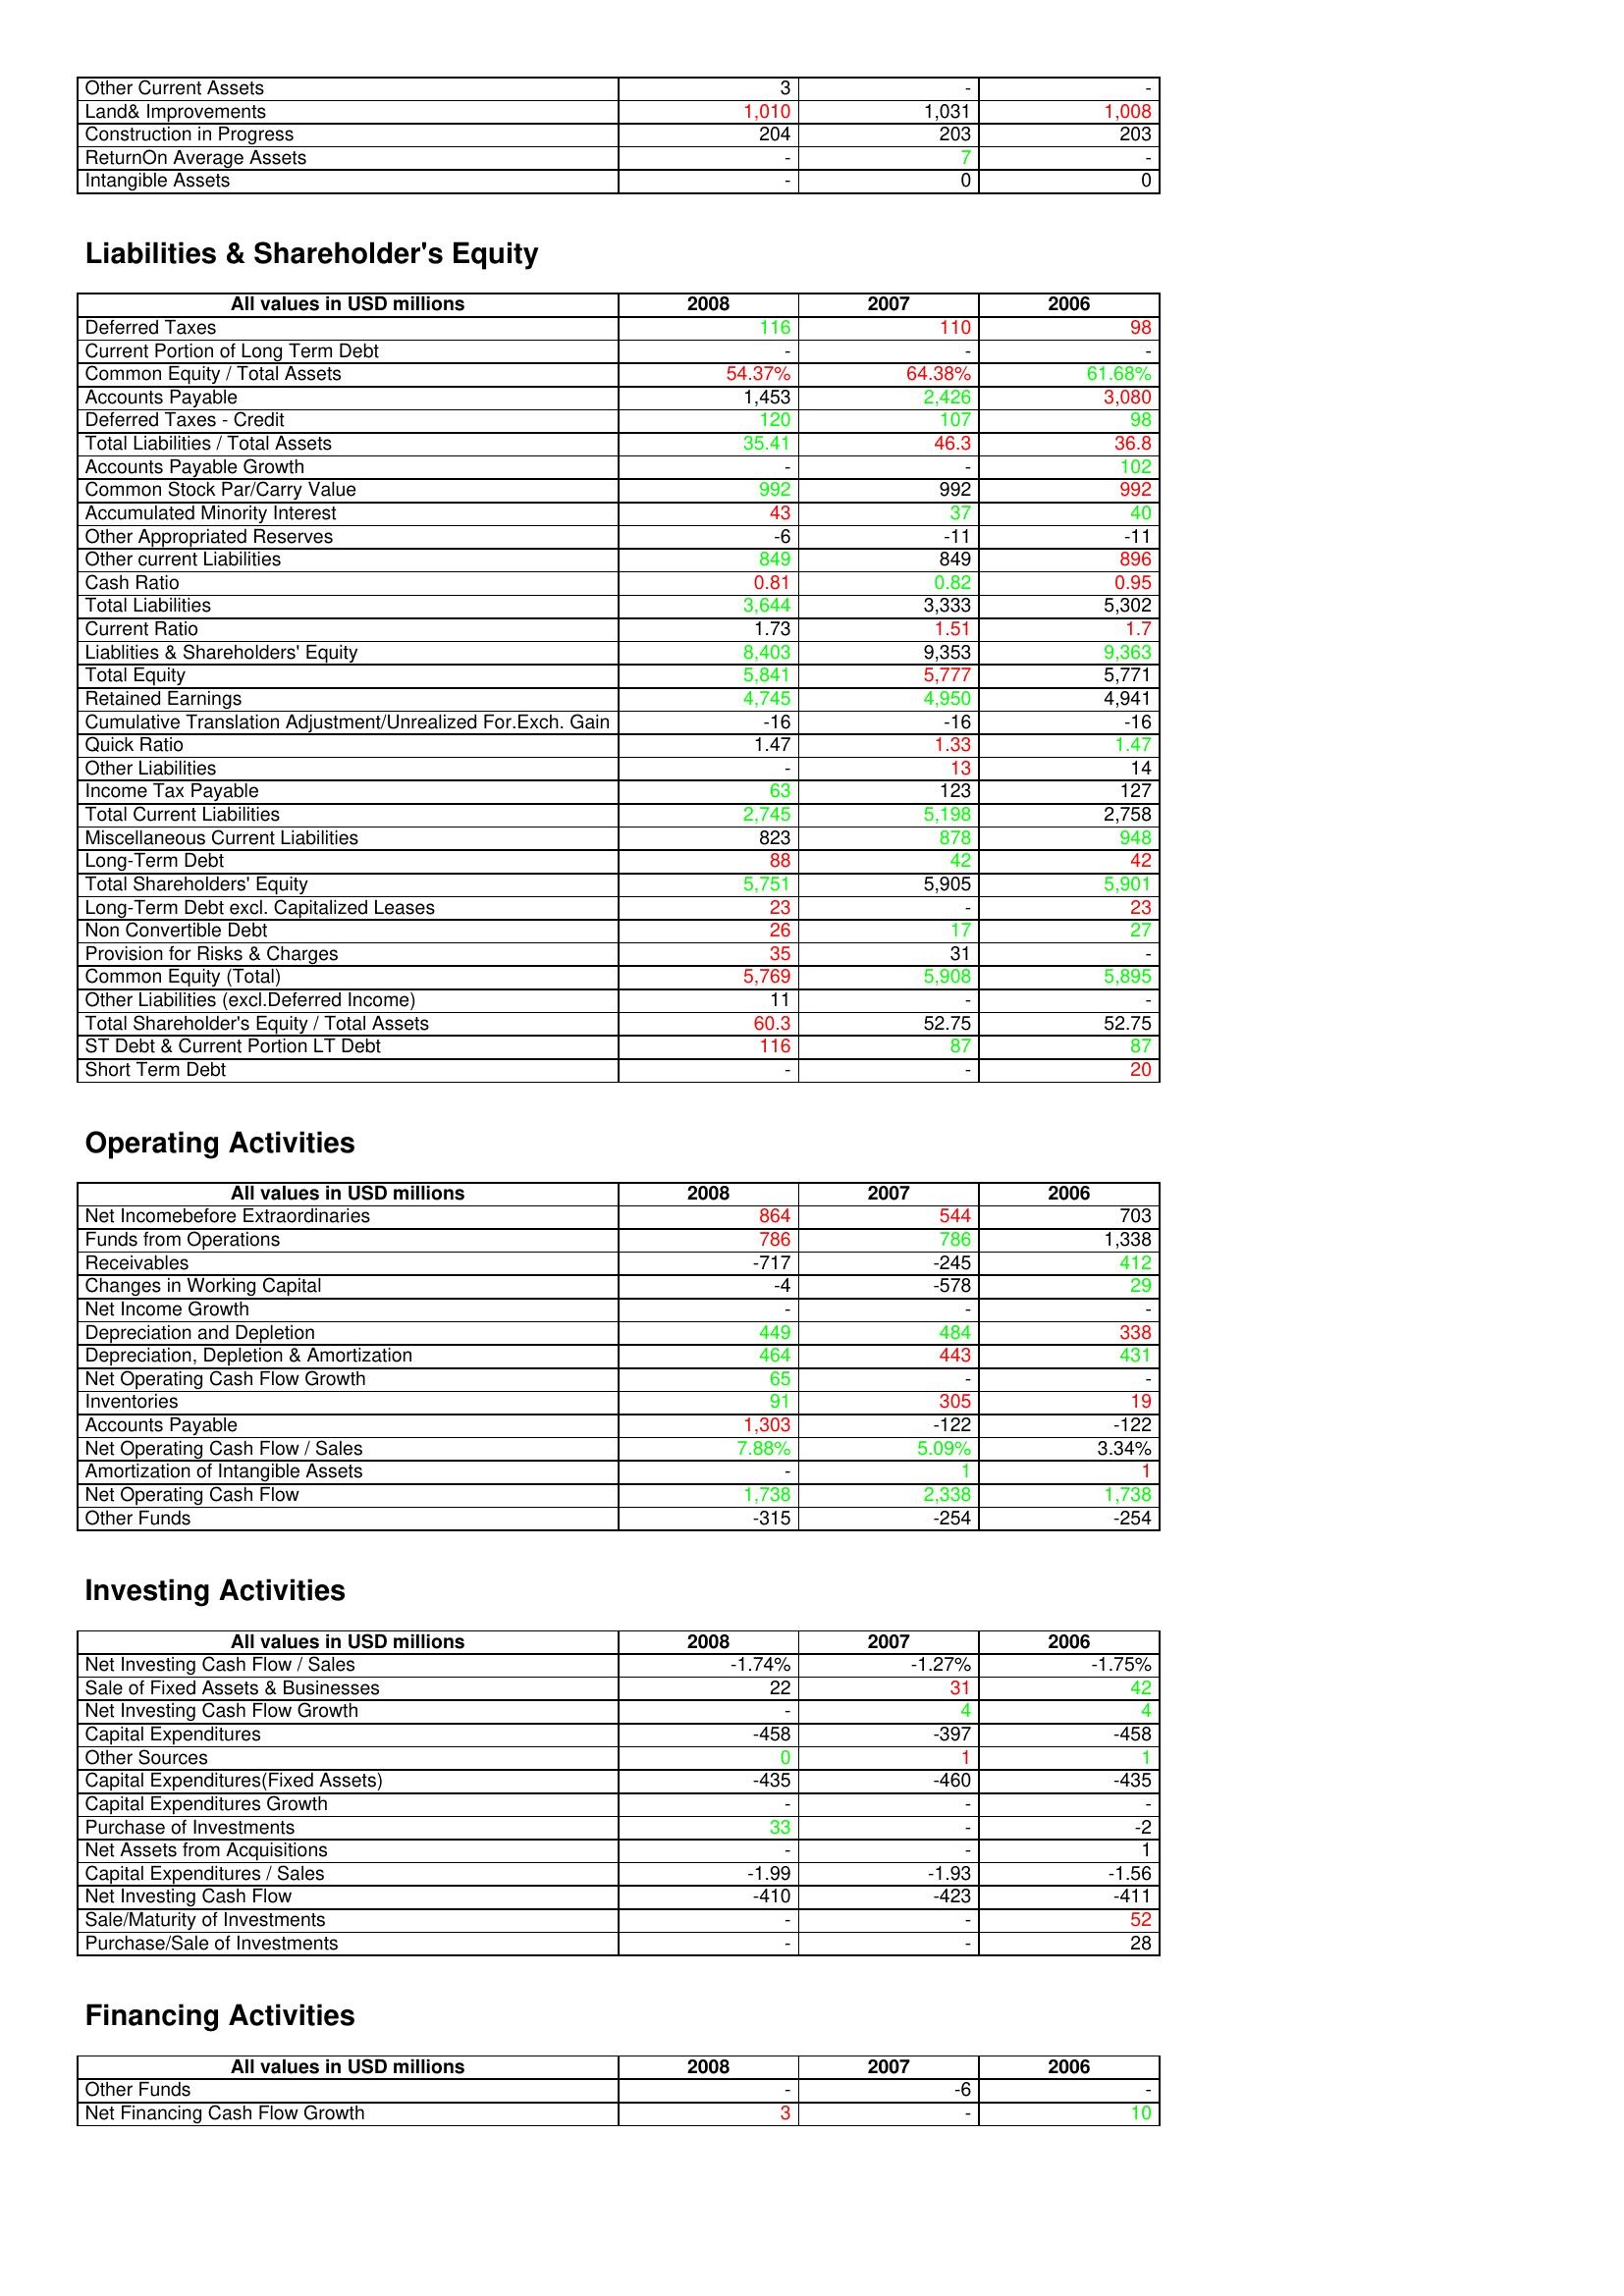
gt_parse: 2008: Assets: Other Current Assets: 3
Land& Improvements: 1,010
Construction in Progress: 204
ReturnOn Average Assets: -
Intangible Assets: -
Liabilities & Shareholder's Equity: Deferred Taxes: 116
Current Portion of Long Term Debt: -
Common Equity / Total Assets: 54.37%
Accounts Payable: 1,453
Deferred Taxes - Credit: 120
Total Liabilities / Total Assets: 35.41
Accounts Payable Growth: -
Common Stock Par/Carry Value: 992
Accumulated Minority Interest: 43
Other Appropriated Reserves: -6
Other current Liabilities: 849
Cash Ratio: 0.81
Total Liabilities: 3,644
Current Ratio: 1.73
Liablities & Shareholders' Equity: 8,403
Total Equity: 5,841
Retained Earnings: 4,745
Cumulative Translation Adjustment/Unrealized For.Exch. Gain: -16
Quick Ratio: 1.47
Other Liabilities: -
Income Tax Payable: 63
Total Current Liabilities: 2,745
Miscellaneous Current Liabilities: 823
Long-Term Debt: 88
Total Shareholders' Equity: 5,751
Long-Term Debt excl. Capitalized Leases: 23
Non Convertible Debt: 26
Provision for Risks & Charges: 35
Common Equity (Total): 5,769
Other Liabilities (excl.Deferred Income): 11
Total Shareholder's Equity / Total Assets: 60.3
ST Debt & Current Portion LT Debt: 116
Short Term Debt: -
Operating Activities: Net Incomebefore Extraordinaries: 864
Funds from Operations: 786
Receivables: -717
Changes in Working Capital: -4
Net Income Growth: -
Depreciation and Depletion: 449
Depreciation, Depletion & Amortization: 464
Net Operating Cash Flow Growth: 65
Inventories: 91
Accounts Payable: 1,303
Net Operating Cash Flow / Sales: 7.88%
Amortization of Intangible Assets: -
Net Operating Cash Flow: 1,738
Other Funds: -315
Investing Activities: Net Investing Cash Flow / Sales: -1.74%
Sale of Fixed Assets & Businesses: 22
Net Investing Cash Flow Growth: -
Capital Expenditures: -458
Other Sources: 0
Capital Expenditures(Fixed Assets): -435
Capital Expenditures Growth: -
Purchase of Investments: 33
Net Assets from Acquisitions: -
Capital Expenditures / Sales: -1.99
Net Investing Cash Flow: -410
Sale/Maturity of Investments: -
Purchase/Sale of Investments: -
Financing Activities: Other Funds: -
Net Financing Cash Flow Growth: 3
2007: Assets: Other Current Assets: -
Land& Improvements: 1,031
Construction in Progress: 203
ReturnOn Average Assets: 7
Intangible Assets: 0
Liabilities & Shareholder's Equity: Deferred Taxes: 110
Current Portion of Long Term Debt: -
Common Equity / Total Assets: 64.38%
Accounts Payable: 2,426
Deferred Taxes - Credit: 107
Total Liabilities / Total Assets: 46.3
Accounts Payable Growth: -
Common Stock Par/Carry Value: 992
Accumulated Minority Interest: 37
Other Appropriated Reserves: -11
Other current Liabilities: 849
Cash Ratio: 0.82
Total Liabilities: 3,333
Current Ratio: 1.51
Liablities & Shareholders' Equity: 9,353
Total Equity: 5,777
Retained Earnings: 4,950
Cumulative Translation Adjustment/Unrealized For.Exch. Gain: -16
Quick Ratio: 1.33
Other Liabilities: 13
Income Tax Payable: 123
Total Current Liabilities: 5,198
Miscellaneous Current Liabilities: 878
Long-Term Debt: 42
Total Shareholders' Equity: 5,905
Long-Term Debt excl. Capitalized Leases: -
Non Convertible Debt: 17
Provision for Risks & Charges: 31
Common Equity (Total): 5,908
Other Liabilities (excl.Deferred Income): -
Total Shareholder's Equity / Total Assets: 52.75
ST Debt & Current Portion LT Debt: 87
Short Term Debt: -
Operating Activities: Net Incomebefore Extraordinaries: 544
Funds from Operations: 786
Receivables: -245
Changes in Working Capital: -578
Net Income Growth: -
Depreciation and Depletion: 484
Depreciation, Depletion & Amortization: 443
Net Operating Cash Flow Growth: -
Inventories: 305
Accounts Payable: -122
Net Operating Cash Flow / Sales: 5.09%
Amortization of Intangible Assets: 1
Net Operating Cash Flow: 2,338
Other Funds: -254
Investing Activities: Net Investing Cash Flow / Sales: -1.27%
Sale of Fixed Assets & Businesses: 31
Net Investing Cash Flow Growth: 4
Capital Expenditures: -397
Other Sources: 1
Capital Expenditures(Fixed Assets): -460
Capital Expenditures Growth: -
Purchase of Investments: -
Net Assets from Acquisitions: -
Capital Expenditures / Sales: -1.93
Net Investing Cash Flow: -423
Sale/Maturity of Investments: -
Purchase/Sale of Investments: -
Financing Activities: Other Funds: -6
Net Financing Cash Flow Growth: -
2006: Assets: Other Current Assets: -
Land& Improvements: 1,008
Construction in Progress: 203
ReturnOn Average Assets: -
Intangible Assets: 0
Liabilities & Shareholder's Equity: Deferred Taxes: 98
Current Portion of Long Term Debt: -
Common Equity / Total Assets: 61.68%
Accounts Payable: 3,080
Deferred Taxes - Credit: 98
Total Liabilities / Total Assets: 36.8
Accounts Payable Growth: 102
Common Stock Par/Carry Value: 992
Accumulated Minority Interest: 40
Other Appropriated Reserves: -11
Other current Liabilities: 896
Cash Ratio: 0.95
Total Liabilities: 5,302
Current Ratio: 1.7
Liablities & Shareholders' Equity: 9,363
Total Equity: 5,771
Retained Earnings: 4,941
Cumulative Translation Adjustment/Unrealized For.Exch. Gain: -16
Quick Ratio: 1.47
Other Liabilities: 14
Income Tax Payable: 127
Total Current Liabilities: 2,758
Miscellaneous Current Liabilities: 948
Long-Term Debt: 42
Total Shareholders' Equity: 5,901
Long-Term Debt excl. Capitalized Leases: 23
Non Convertible Debt: 27
Provision for Risks & Charges: -
Common Equity (Total): 5,895
Other Liabilities (excl.Deferred Income): -
Total Shareholder's Equity / Total Assets: 52.75
ST Debt & Current Portion LT Debt: 87
Short Term Debt: 20
Operating Activities: Net Incomebefore Extraordinaries: 703
Funds from Operations: 1,338
Receivables: 412
Changes in Working Capital: 29
Net Income Growth: -
Depreciation and Depletion: 338
Depreciation, Depletion & Amortization: 431
Net Operating Cash Flow Growth: -
Inventories: 19
Accounts Payable: -122
Net Operating Cash Flow / Sales: 3.34%
Amortization of Intangible Assets: 1
Net Operating Cash Flow: 1,738
Other Funds: -254
Investing Activities: Net Investing Cash Flow / Sales: -1.75%
Sale of Fixed Assets & Businesses: 42
Net Investing Cash Flow Growth: 4
Capital Expenditures: -458
Other Sources: 1
Capital Expenditures(Fixed Assets): -435
Capital Expenditures Growth: -
Purchase of Investments: -2
Net Assets from Acquisitions: 1
Capital Expenditures / Sales: -1.56
Net Investing Cash Flow: -411
Sale/Maturity of Investments: 52
Purchase/Sale of Investments: 28
Financing Activities: Other Funds: -
Net Financing Cash Flow Growth: 10